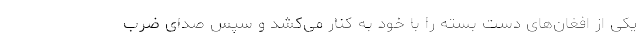
یکی از افغان‌های دست بسته را با خود به کنار می‌کشد و سپس صدای ضرب